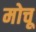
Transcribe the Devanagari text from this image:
मोचू